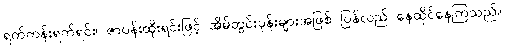
ရက်ကန်းရက်ရင်း၊ ဇာပန်းထိုးရင်းဖြင့် အိမ်တွင်းပုန်းများအဖြစ် ပြန်လည် နေထိုင်နေကြသည်။